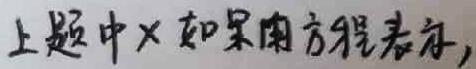
上题中$\times$如果用方程表示，